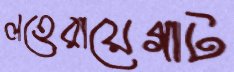
লহেরায়েগাট